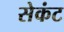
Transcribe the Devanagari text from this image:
सेकंट